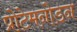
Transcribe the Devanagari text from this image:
प्रोटेमनोडन